Lunatic asylums United Prov. 1922-30 - 1922-1930
Year: 1922
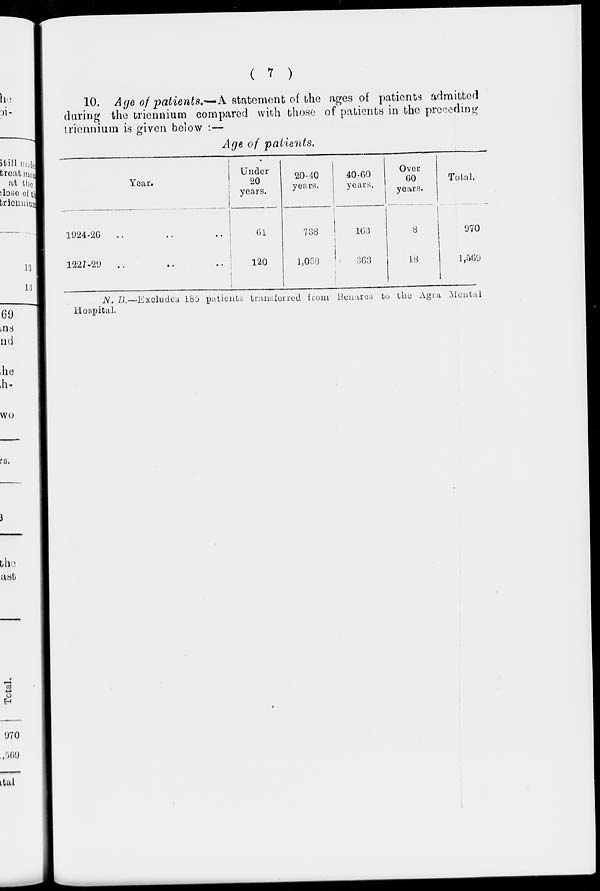
( 7 )
10. Age of patients.—A statement of the ages of patients admitted
during the triennium compared with those of patients in the preceding
triennium is given below :—
Age of patients.
Year.
1924-26
..
1227-29
..
Under
20
years.
61
120
20-40
years.
738
1,063
40-60
years.
163
363
Over
60
years.
8
18
Total.
970
1,569
N. B.—Excludes 185 patients transferred from Benares to the Agra Mental
Hospital.